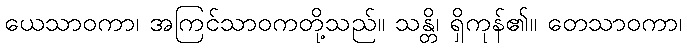
ယေသာဝကာ၊ အကြင်သာဝကတို့သည်။ သန္တိ၊ ရှိကုန်၏။ တေသာဝကာ၊